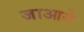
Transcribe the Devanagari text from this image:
जाआगे